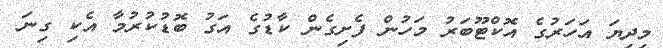
މިދިޔަ އަހަރުގެ އޮކްޓޫބަރު މަހުން ފެށިގެން ކާޑުގެ އަގު ބޮޑުކުރުމާ އެކި ގިނަ